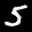
Digit: 5